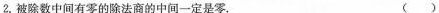
2.被除数中间有零的除法商的中间一定是零。 ( )